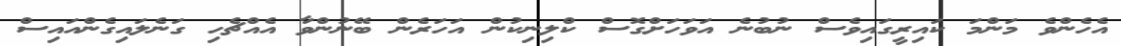
އެހެންވެ މަންމަ ކައިރީގައިވެސް ނުބުނެ އަވަހަށްގޮސް ކްލިނިކުން އަހަރެން ބޭނުންވާ އެއްޗެހި ގަނެލައިގެންއައިސް